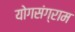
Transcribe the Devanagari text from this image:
योगसंग्राम